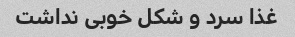
غذا سرد و شکل خوبی نداشت